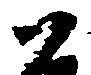
尉